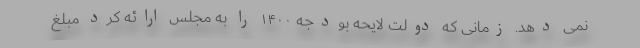
نمی دهد. زمانی که دولت لایحه بودجه ۱۴۰۰ را به مجلس ارائه کرد مبلغ